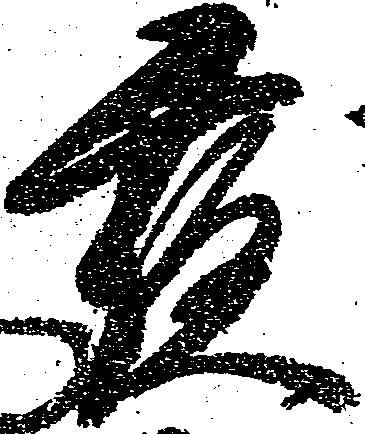
夜